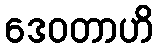
ဒေဝတာဟိ